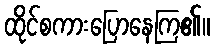
ထိုင်စကားပြောနေကြ၏။